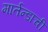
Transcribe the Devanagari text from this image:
मार्तन्डाची